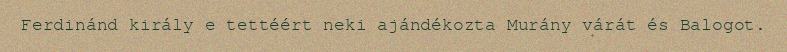
Ferdinánd király e tettéért neki ajándékozta Murány várát és Balogot.